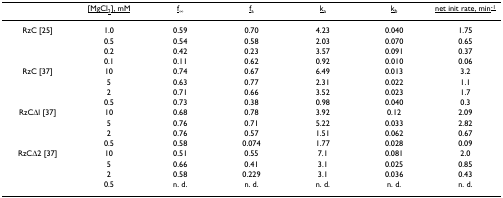
|  | <underline>[MgCl2], mM</underline> | <underline>f</underline>∞ | <underline>f</underline>a | <underline>k</underline>a | <underline>k</underline>b | <underline>net init rate, min-1</underline> |
 | --- | --- | --- | --- | --- | --- | --- |
 | RzC [25] | 1.0 | 0.59 | 0.70 | 4.23 | 0.040 | 1.75 |
 |  | 0.5 | 0.54 | 0.58 | 2.03 | 0.070 | 0.65 |
 |  | 0.2 | 0.42 | 0.23 | 3.57 | 0.091 | 0.37 |
 |  | 0.1 | 0.11 | 0.62 | 0.92 | 0.010 | 0.06 |
 | RzC [37] | 10 | 0.74 | 0.67 | 6.49 | 0.013 | 3.2 |
 |  | 5 | 0.63 | 0.77 | 2.31 | 0.022 | 1.1 |
 |  | 2 | 0.71 | 0.66 | 3.52 | 0.023 | 1.7 |
 |  | 0.5 | 0.73 | 0.38 | 0.98 | 0.040 | 0.3 |
 | RzCΔl [37] | 10 | 0.68 | 0.78 | 3.92 | 0.12 | 2.09 |
 |  | 5 | 0.76 | 0.71 | 5.22 | 0.033 | 2.82 |
 |  | 2 | 0.76 | 0.57 | 1.51 | 0.062 | 0.67 |
 |  | 0.5 | 0.58 | 0.074 | 1.77 | 0.028 | 0.09 |
 | RzCΔ2 [37] | 10 | 0.51 | 0.55 | 7.1 | 0.081 | 2.0 |
 |  | 5 | 0.66 | 0.41 | 3.1 | 0.025 | 0.85 |
 |  | 2 | 0.58 | 0.229 | 3.1 | 0.036 | 0.43 |
 |  | 0.5 | n. d. | n. d. | n. d. | n. d. | n. d. |